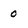
Character: 0